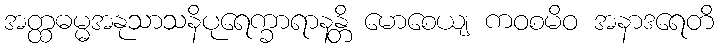
အတ္ထဓမ္မအနုသာသနိပုရေက္ခာရာနန္တိ မောစေယျ ကဝစမိဝ အနာဒရေတိ